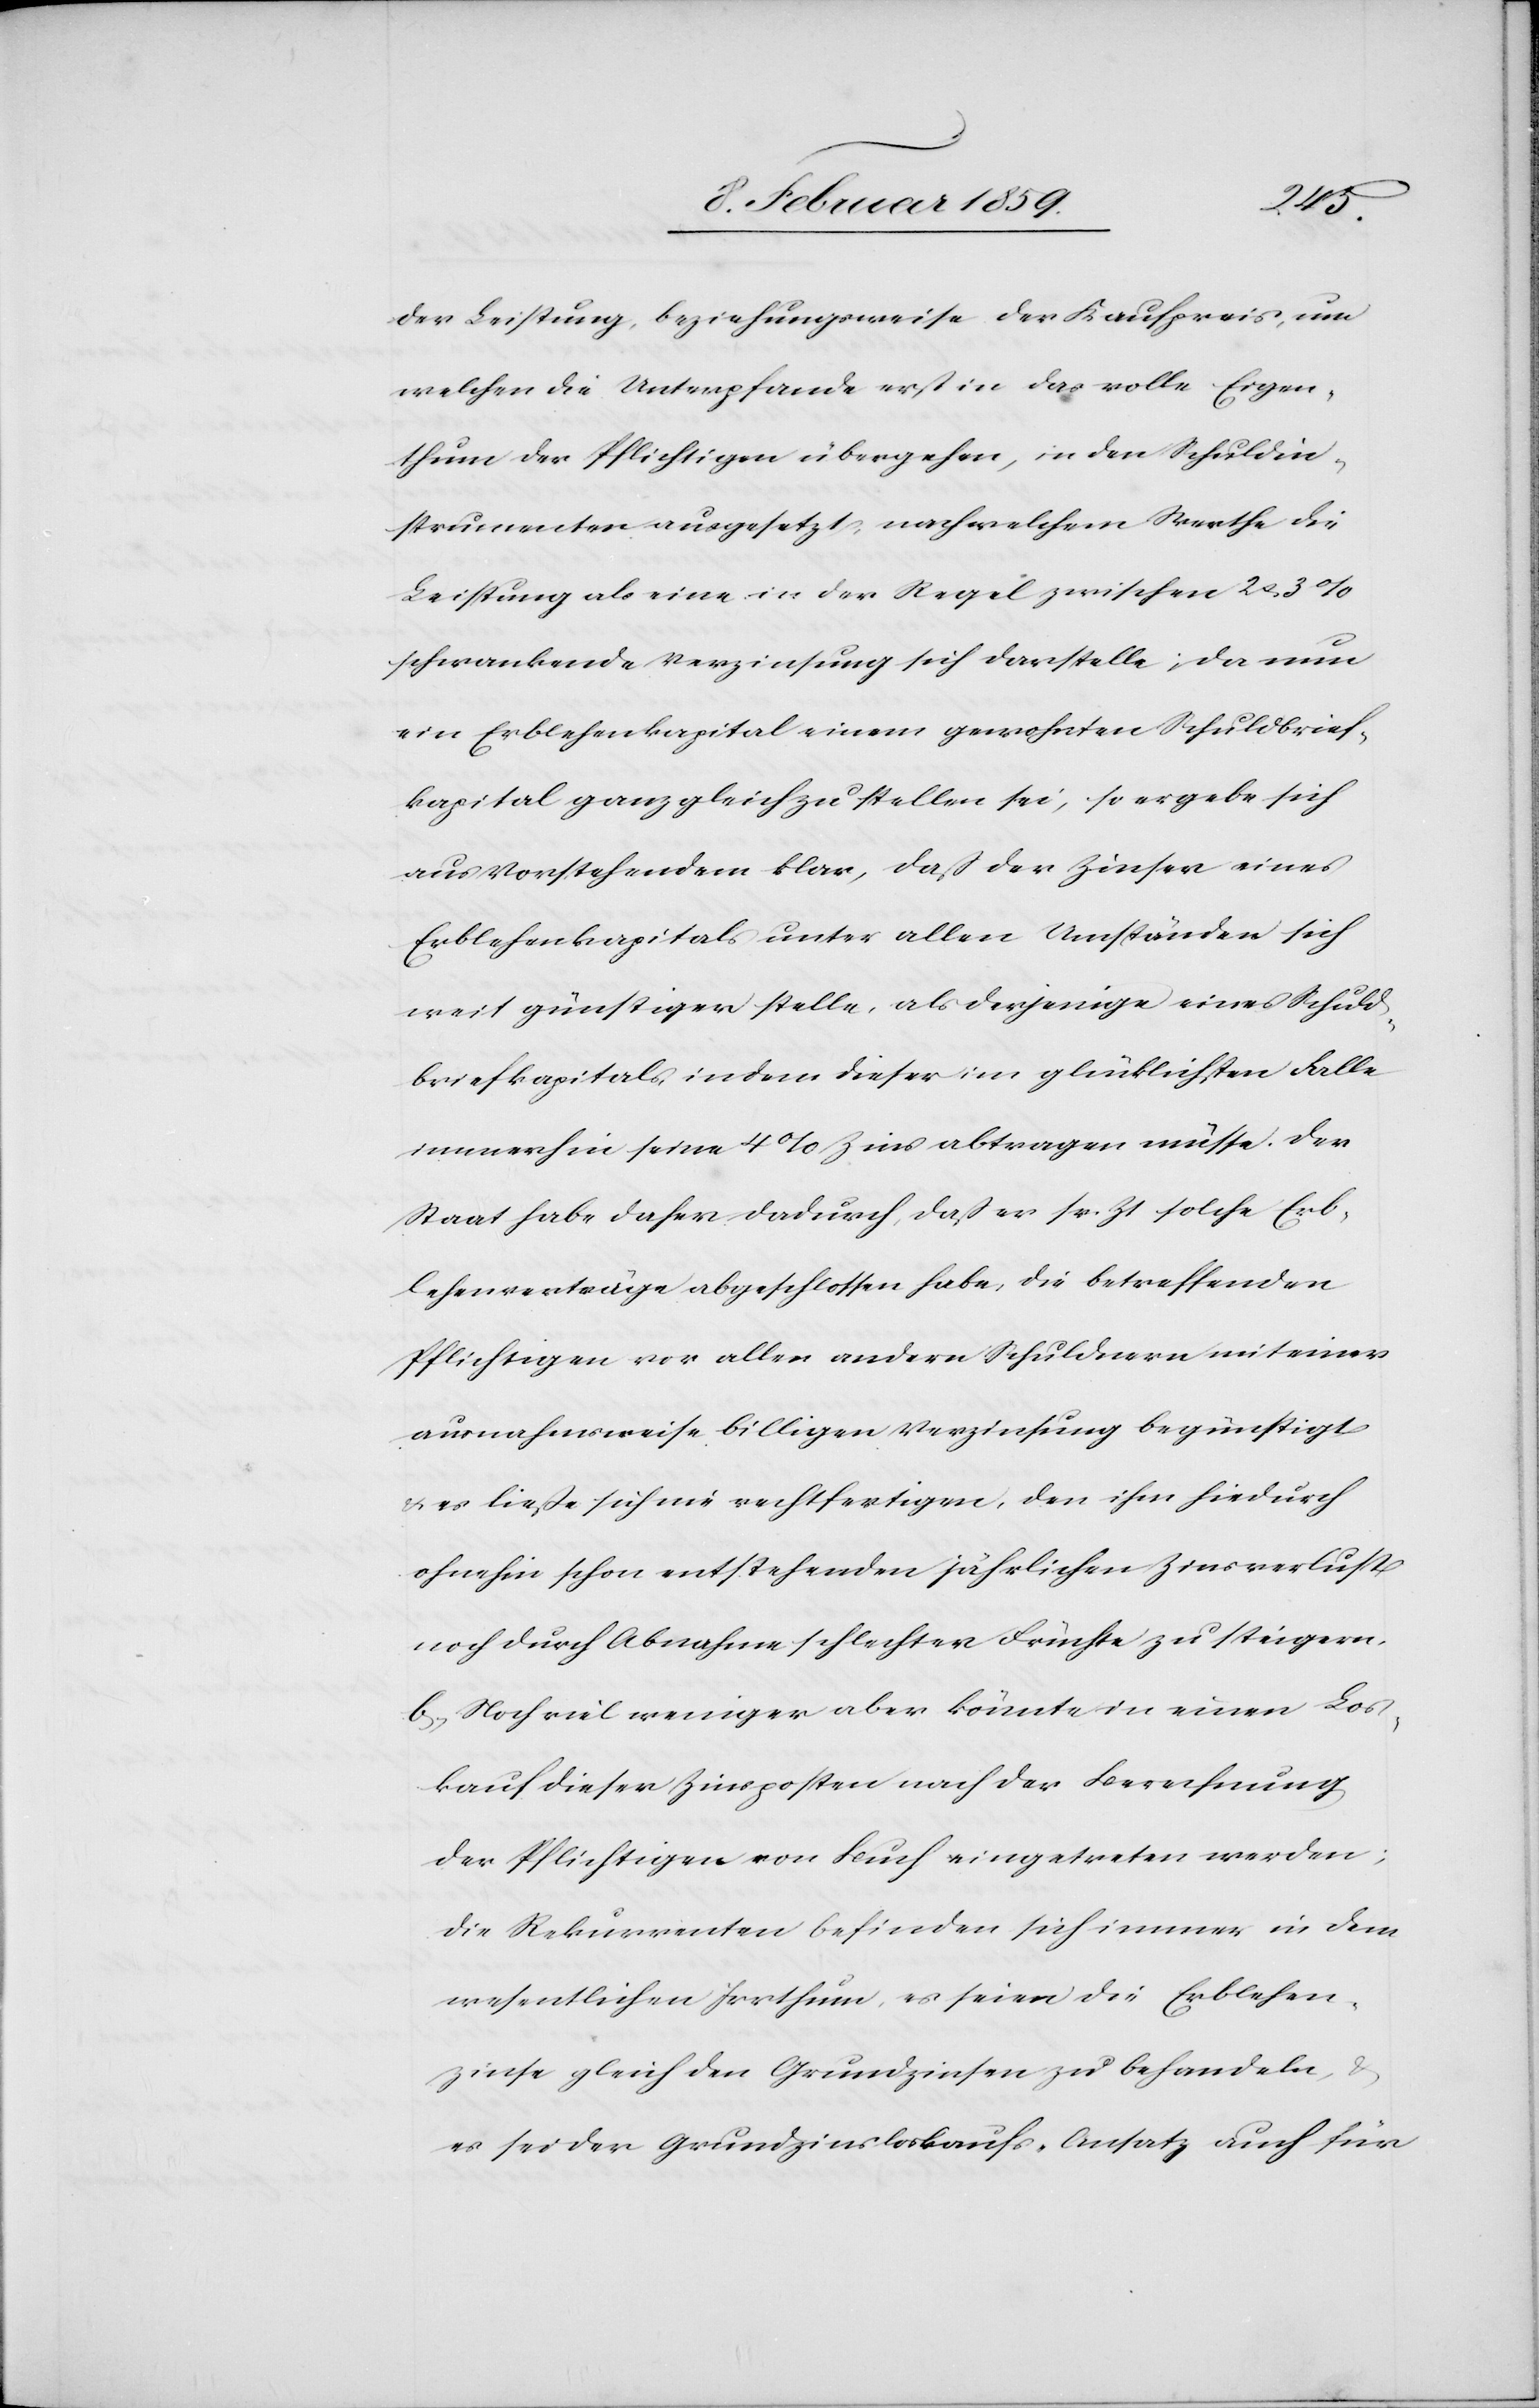
der Leistung, beziehungsweise der Kaufpreis, um
welchen die Unterpfande erst in das volle Eigen¬
thum der Pflichtigen übergehen, in den Schuldin¬
strumenten ausgesetzt, nach welchem Werthe die
Leistung als eine in der Regel zwischen 2 u. 3
schwankende Verzinsung sich darstelle; da nun
ein Erblehenkapital einem gewohnten Schuldbrief¬
kapital ganz gleich zu stellen sei, so ergebe sich
aus Vorstehendem klar, daß der Zinser eines
Erblehenkapitals unter allen Umständen sich
weit günstiger stelle, als derjenige eines Schuld¬
briefkapitals, indem dieser im glücklichsten Falle
immerhin seine 4 % Zins abtragen müsse. Der
Staat habe daher dadurch, daß er sr. Zt solche Erb¬
lehenverträge abgeschlossen habe, die betreffenden
Pflichtigen vor allen andern Schuldnern mit einer
ausnahmsweise billigen Verzinsung begünstigt
& es ließe sich nie rechtfertigen, den ihm hiedurch
ohnehin schon entstehenden jährlichen Zinsverlust
noch durch Abnahme schlechter Früchte zu steigern.
b, Noch viel weniger aber könnte in einen Los¬
kauf dieser Zinskosten nach der Berechnung
der Pflichtigen von Buch eingetreten werden;
die Rekurrenten befinden sich immer in dem
wesentlichen Irrthum, es seien die Erblehen¬
zinse gleich den Grundzinsen zu behandeln, &
es sei der Grundzinsloskaufs-Ansatz auch für